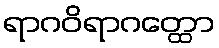
ရာဂဝိရာဂတ္ထော